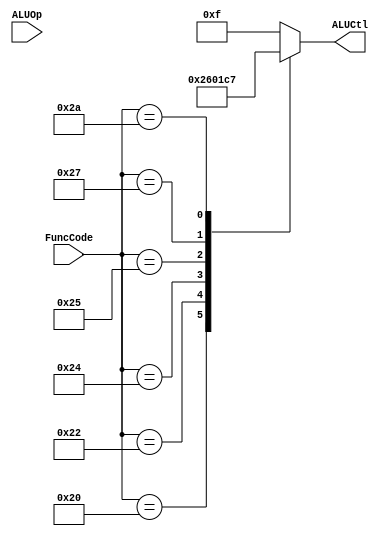
module ALUControl(ALUOp, FuncCode, ALUCtl); 
 input[1:0] ALUOp;
 input[5:0] FuncCode; 
 output reg [3:0]  ALUCtl;  
   always@* case(FuncCode)
   32: ALUCtl <= 2;
   34: ALUCtl <= 6;
   36: ALUCtl <= 0;
   37: ALUCtl <= 1; 
   39: ALUCtl <= 12;
   42: ALUCtl <= 7;
  default: ALUCtl <= 15;
  endcase
endmodule